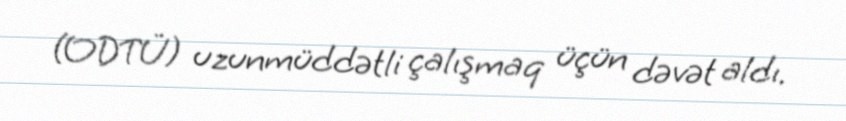
(ODTÜ) uzunmüddətli çalışmaq üçün dəvət aldı.